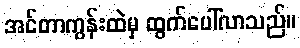
အင်တာကွန်းထဲမှ ထွက်ပေါ်လာသည်။